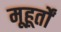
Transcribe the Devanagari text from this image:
मूहूर्तों